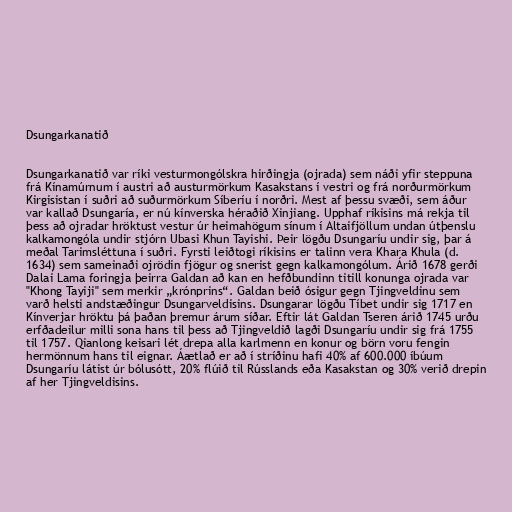
Dsungarkanatið

Dsungarkanatið var ríki vesturmongólskra hirðingja (ojrada) sem náði yfir steppuna
frá Kínamúrnum í austri að austurmörkum Kasakstans í vestri og frá norðurmörkum
Kirgisistan í suðri að suðurmörkum Síberíu í norðri. Mest af þessu svæði, sem áður
var kallað Dsungaría, er nú kínverska héraðið Xinjiang. Upphaf ríkisins má rekja til
þess að ojradar hröktust vestur úr heimahögum sínum í Altaifjöllum undan útþenslu
kalkamongóla undir stjórn Ubasi Khun Tayishi. Þeir lögðu Dsungaríu undir sig, þar á
meðal Tarimsléttuna í suðri. Fyrsti leiðtogi ríkisins er talinn vera Khara Khula (d.
1634) sem sameinaði ojrödin fjögur og snerist gegn kalkamongólum. Árið 1678 gerði
Dalai Lama foringja þeirra Galdan að kan en hefðbundinn titill konunga ojrada var
"Khong Tayiji" sem merkir „krónprins“. Galdan beið ósigur gegn Tjingveldinu sem
varð helsti andstæðingur Dsungarveldisins. Dsungarar lögðu Tíbet undir sig 1717 en
Kínverjar hröktu þá þaðan þremur árum síðar. Eftir lát Galdan Tseren árið 1745 urðu
erfðadeilur milli sona hans til þess að Tjingveldið lagði Dsungaríu undir sig frá 1755
til 1757. Qianlong keisari lét drepa alla karlmenn en konur og börn voru fengin
hermönnum hans til eignar. Áætlað er að í stríðinu hafi 40% af 600.000 íbúum
Dsungaríu látist úr bólusótt, 20% flúið til Rússlands eða Kasakstan og 30% verið drepin
af her Tjingveldisins.